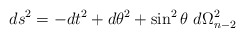
\begin{align*}ds^2 = - dt^2 + d\theta^2 + \sin^2 \theta\ d\Omega^2_{n-2}\end{align*}